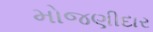
મોજણીદાર